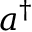
a ^ { \dagger }